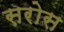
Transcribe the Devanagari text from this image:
सरोस